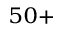
^ { 5 0 + }